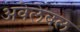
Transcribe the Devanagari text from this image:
अवेलेबल